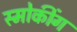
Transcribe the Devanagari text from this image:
स्मोकींग